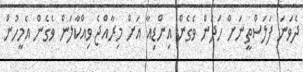
ދެވަނަ ފަލަސްތީނަށް ހަދަން ވެގެން އިންޑިއާ އަށް މިރާއްޖެ ވިއްކާލަން ވެގެން އެމީހުން